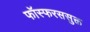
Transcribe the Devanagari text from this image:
फॉस्फरससुक्त